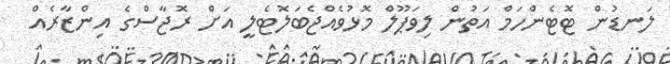
ލަނޑުން ޓޮޓެންހަމް އަތުން ލިވަޕޫލް މޮޅުވެއްޖެބަލޮޓެލީ އަށް ރޮޖާސްގެ އިންޒާރެއް